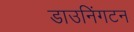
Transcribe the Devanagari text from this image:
डाउनिंगटन